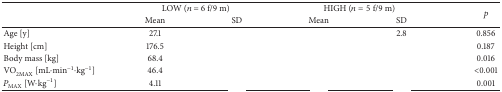
<table><thead><tr><td>[EMPTY_CELL]</td><td colspan="2"><b>LOW (<i>n</i> = 6 f/9 m)</b></td><td colspan="2"><b>HIGH (<i>n</i> = 5 f/9 m)</b></td><td rowspan="2"><b><i>p</i></b></td></tr><tr><td>[EMPTY_CELL]</td><td><b>Mean</b></td><td><b>SD</b></td><td><b>Mean</b></td><td><b>SD</b></td></tr></thead><tbody><tr><td>Age [y]</td><td>27.1</td><td>[EMPTY_CELL]</td><td>[EMPTY_CELL]</td><td>2.8</td><td>0.856</td></tr><tr><td>Height [cm]</td><td>176.5</td><td>[EMPTY_CELL]</td><td>[EMPTY_CELL]</td><td>[EMPTY_CELL]</td><td>0.187</td></tr><tr><td>Body mass [kg]</td><td>68.4</td><td>[EMPTY_CELL]</td><td>[EMPTY_CELL]</td><td>[EMPTY_CELL]</td><td>0.016</td></tr><tr><td>VO<sub>2MAX</sub> [mL·min<sup>−1</sup>·kg<sup>−1</sup>]</td><td>46.4</td><td>[EMPTY_CELL]</td><td>[EMPTY_CELL]</td><td>[EMPTY_CELL]</td><td>&lt;0.001</td></tr><tr><td><i>P</i><sub>MAX</sub> [W·kg<sup>−1</sup>]</td><td>4.11</td><td>[EMPTY_CELL]</td><td>[EMPTY_CELL]</td><td>[EMPTY_CELL]</td><td>0.001</td></tr></tbody></table>